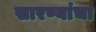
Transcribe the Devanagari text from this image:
सारण्यांचा